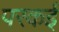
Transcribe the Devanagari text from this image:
परकई